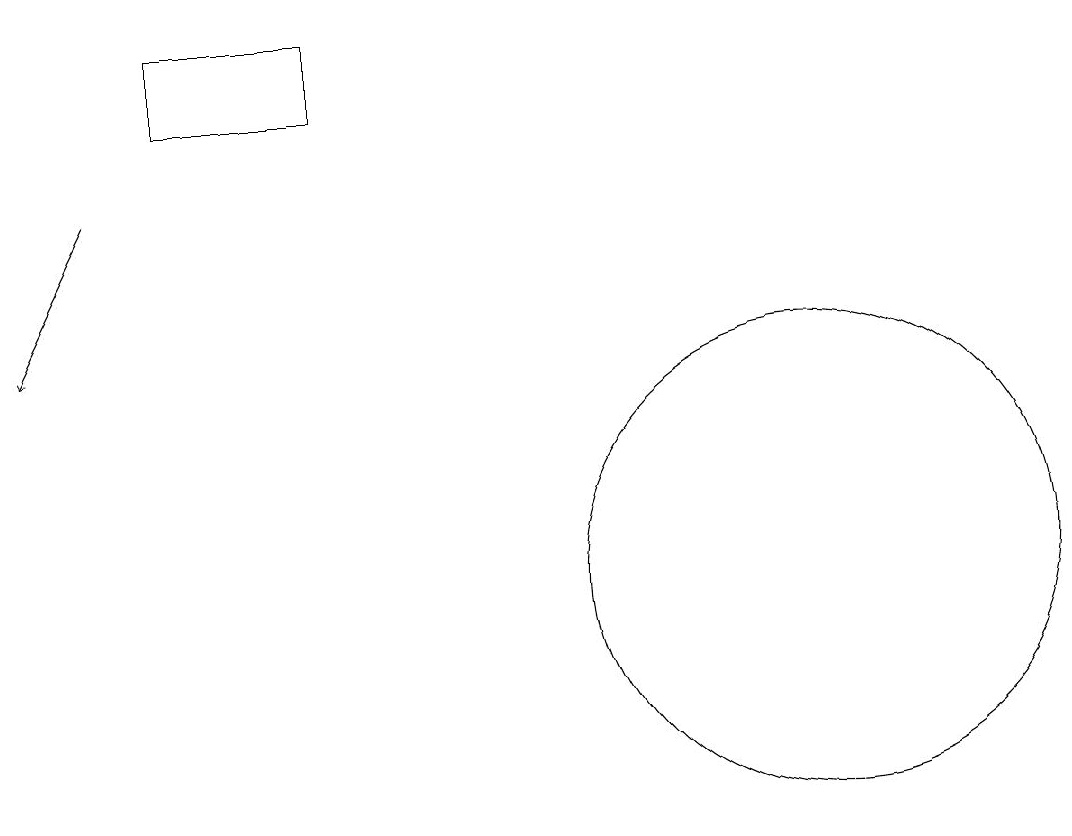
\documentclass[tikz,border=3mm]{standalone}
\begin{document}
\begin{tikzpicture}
\draw (11,11) circle (3);
\draw[->] (2,16) -- (1,14);
\draw (3,18) rectangle (5,17);
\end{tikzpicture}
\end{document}